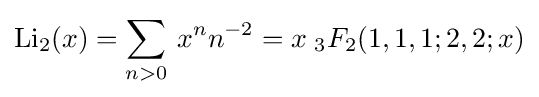
\operatorname {Li} _{2}(x)=\sum _{n>0}\,{x^{n}}{n^{-2}}=x\;{}_{3}F_{2}(1,1,1;2,2;x)